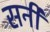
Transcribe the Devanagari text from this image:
सर्नी